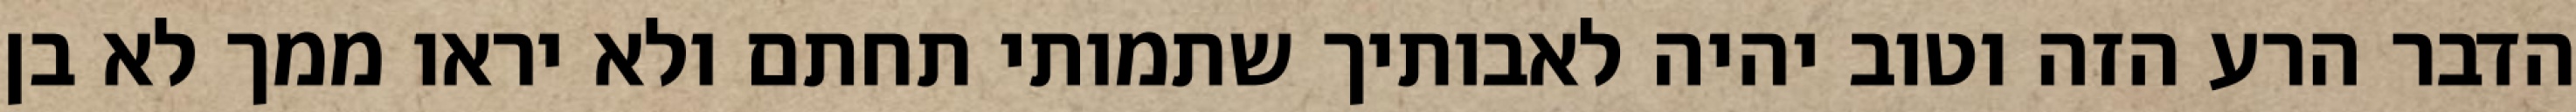
הדבר הרע הזה וטוב יהיה לאבותיך שתמותי תחתם ולא יראו ממך לא בן